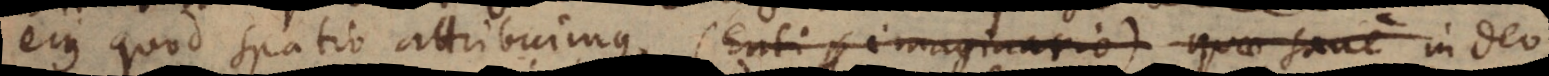
ejus quod spatio attribuimus, (Enti imaginario) quae sane in Deo